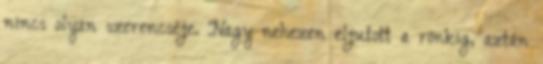
nincs olyan szerencséje. Nagy nehezen eljutott a rönkig, aztán